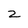
Character: 2